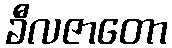
ခီလဇာတော